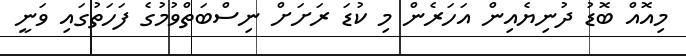
މިއޮއް ބޮޑު ދުނިޔެއިން އަހަރެން މި ކުޑަ ރަށަށް ނިސްބަތްވުމުގެ ފަހަތުގައި ވަނީ